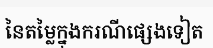
នៃតម្លៃក្នុងករណីផ្សេងទៀត